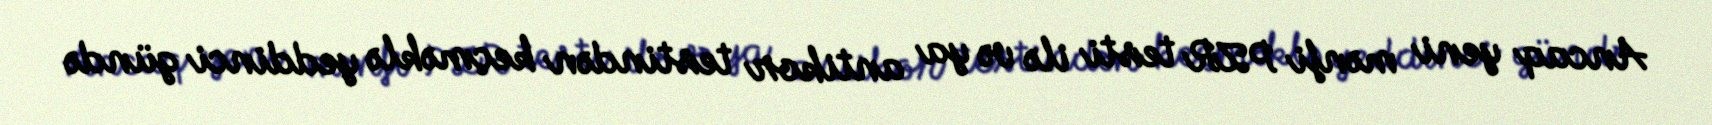
Ancaq yeni mənfi PZR testi ilə və ya antikor testindən keçməklə yeddinci gündə